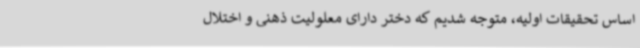
اساس تحقیقات اولیه، متوجه شدیم که دختر دارای معلولیت ذهنی و اختلال